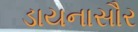
ડાયનાસૌર